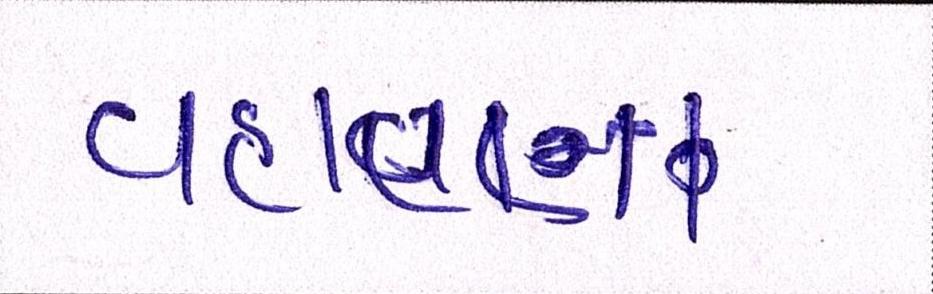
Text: વહાણના